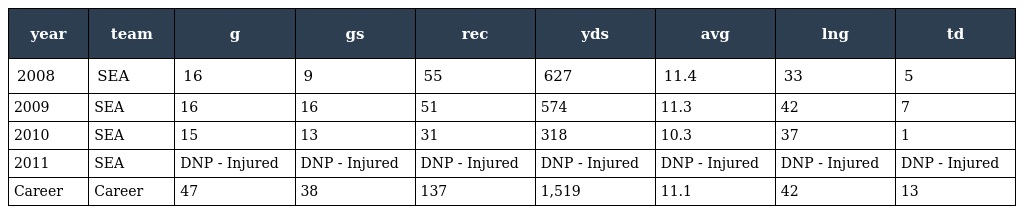
| year | team | g | gs | rec | yds | avg | lng | td |
 | --- | --- | --- | --- | --- | --- | --- | --- | --- |
 | 2008 | SEA | 16 | 9 | 55 | 627 | 11.4 | 33 | 5 |
 | 2009 | SEA | 16 | 16 | 51 | 574 | 11.3 | 42 | 7 |
 | 2010 | SEA | 15 | 13 | 31 | 318 | 10.3 | 37 | 1 |
 | 2011 | SEA | DNP - Injured | DNP - Injured | DNP - Injured | DNP - Injured | DNP - Injured | DNP - Injured | DNP - Injured |
 | Career | Career | 47 | 38 | 137 | 1,519 | 11.1 | 42 | 13 |